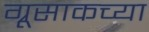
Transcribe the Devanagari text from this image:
ग्रूसाकच्या